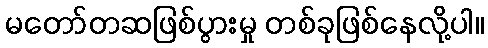
မတော်တဆဖြစ်ပွားမှု တစ်ခုဖြစ်နေလို့ပါ။